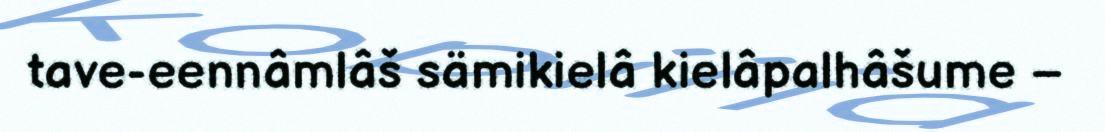
tave-eennâmlâš sämikielâ kielâpalhâšume –